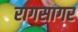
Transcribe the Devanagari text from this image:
रागसागर